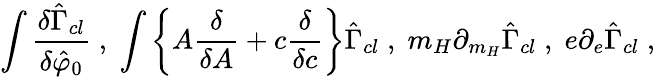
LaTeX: \int\frac{\delta\hat{\Gamma}_{cl}}{\delta\hat{\varphi}_{0}}\; ,\; \int\left\{ A\frac{\delta}{\delta A}+c\frac{\delta}{\delta c}\right\} \hat{\Gamma}_{cl}\; ,\; m_{H}\partial_{m_{H}}\hat{\Gamma}_{cl}\; ,\; e\partial_{e}\hat{\Gamma}_{cl}\; ,